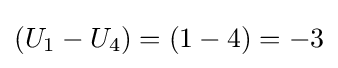
\left(U_{1}-U_{4}\right)=\left(1-4\right)=-3